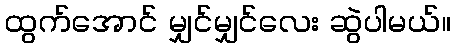
ထွက်အောင် မျှင်မျှင်လေး ဆွဲပါမယ်။